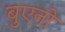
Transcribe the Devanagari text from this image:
बुएनो